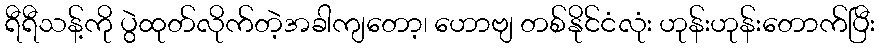
ရီရီသန့်ကို ပွဲထုတ်လိုက်တဲ့အခါကျတော့၊ ဟောဗျ တစ်နိုင်ငံလုံး ဟုန်းဟုန်းတောက်ပြီး